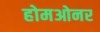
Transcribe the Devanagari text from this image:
होमओनर